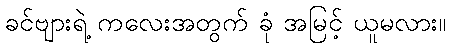
ခင်ဗျားရဲ့ ကလေးအတွက် ခုံ အမြင့် ယူမလား။